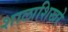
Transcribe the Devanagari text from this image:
शालाशिखरे